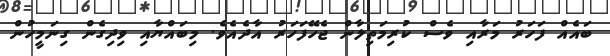
ބައެއް ފަހަރު މަރާއި ވެސް ކުރިމަތިލާން ޖެހޭފަހަރު އާދެއެވެ. މިބައްޔާއި ވިދިގެން ގިނަމީހުން